Leaving Certificate, 1900
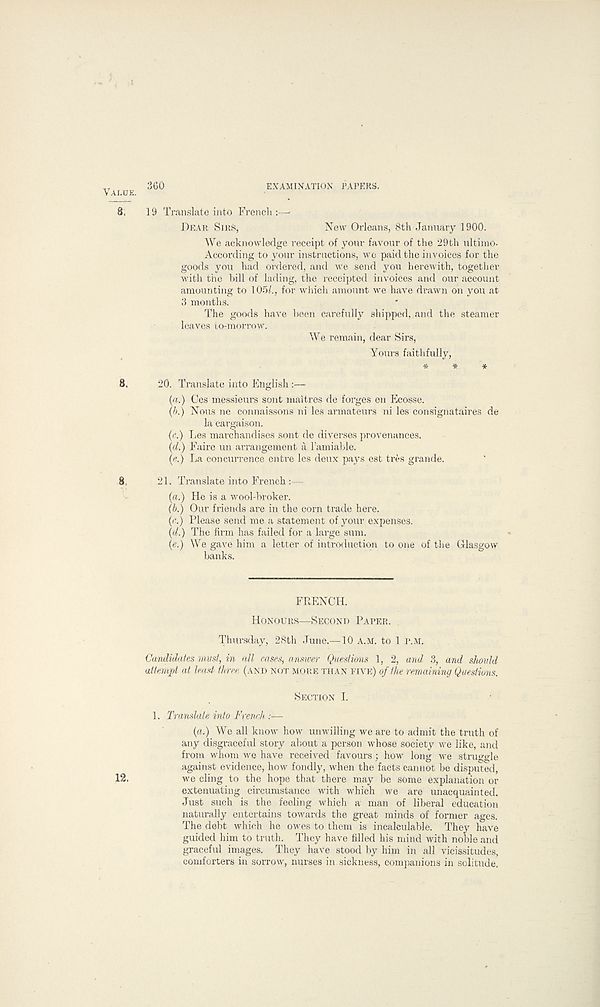
360
EXAMINATION PAPERS.
19 Translate into French :—•
DEAR SIRS,
New Orleans, 8th January 1900.
We acknowledge receipt of your favour of the 29th ultimo.
According to your instructions, we paid the invoices for the
goods you had ordered, and we send you herewith, together
with the bill of lading, the receipted invoices and our account
amounting to 105/., for which amount we have drawn on you at
3 months.
The goods have been carefully shipped,.and the steamer
leaves to-morrow.
We remain, dear Sirs,
Yours faithfully,
*
*
*
20. Translate into Knglisli
(a.) Ces messieurs sont maitres de forges en Ecosse.
(b.) Nous ne connaissons ni les armateurs ni les consignataires de
la cargaison.
(c.) Les marchandises sont de diverses provenances.
(d.) Faire un arrangement a 1’amiable.
(e.) La concurrence entre les deux pays est tres grande.
21. Translate into French :—
(a.) He is a wool-broker.
(b.) Our friends are in the corn trade here.
(<•.) Please send me a statement of your expenses.
(d.) The firm has failed for a large sum.
(e.) We gave him a letter of introduction to one of the Glasgow
banks.
FRENCH.
HONOURS—SECOND PAPER.
Thursday, 28th June.—10 A.M. to 1 P.M.
Candidates must, in all eases, answer Questions 1, 2, and 3, and should
attempt at least three (AND NOT MORE THAN FIVE) of the remaining Questions.
SECTION I.
1. Translate into French:—
(a.) We all know how unwilling we are to admit the truth of
any disgraceful story about a person whose society we like, and
from whom we have received favours; how long we struggle
against evidence, how fondly, when the facts cannot be disputed,
we cling to the hope that there may be some explanation or
extenuating circumstance with which we are unacquainted.
Just such is the feeling which a man of liberal education
naturally entertains towards the great minds of former ages.
The debt which he owes to them is incalculable. They have
guided him to truth. They have filled his mind with noble and
graceful images. They have stood by him in all vicissitudes,
comforters in sorrow, nurses in. sickness, companions in solitude!